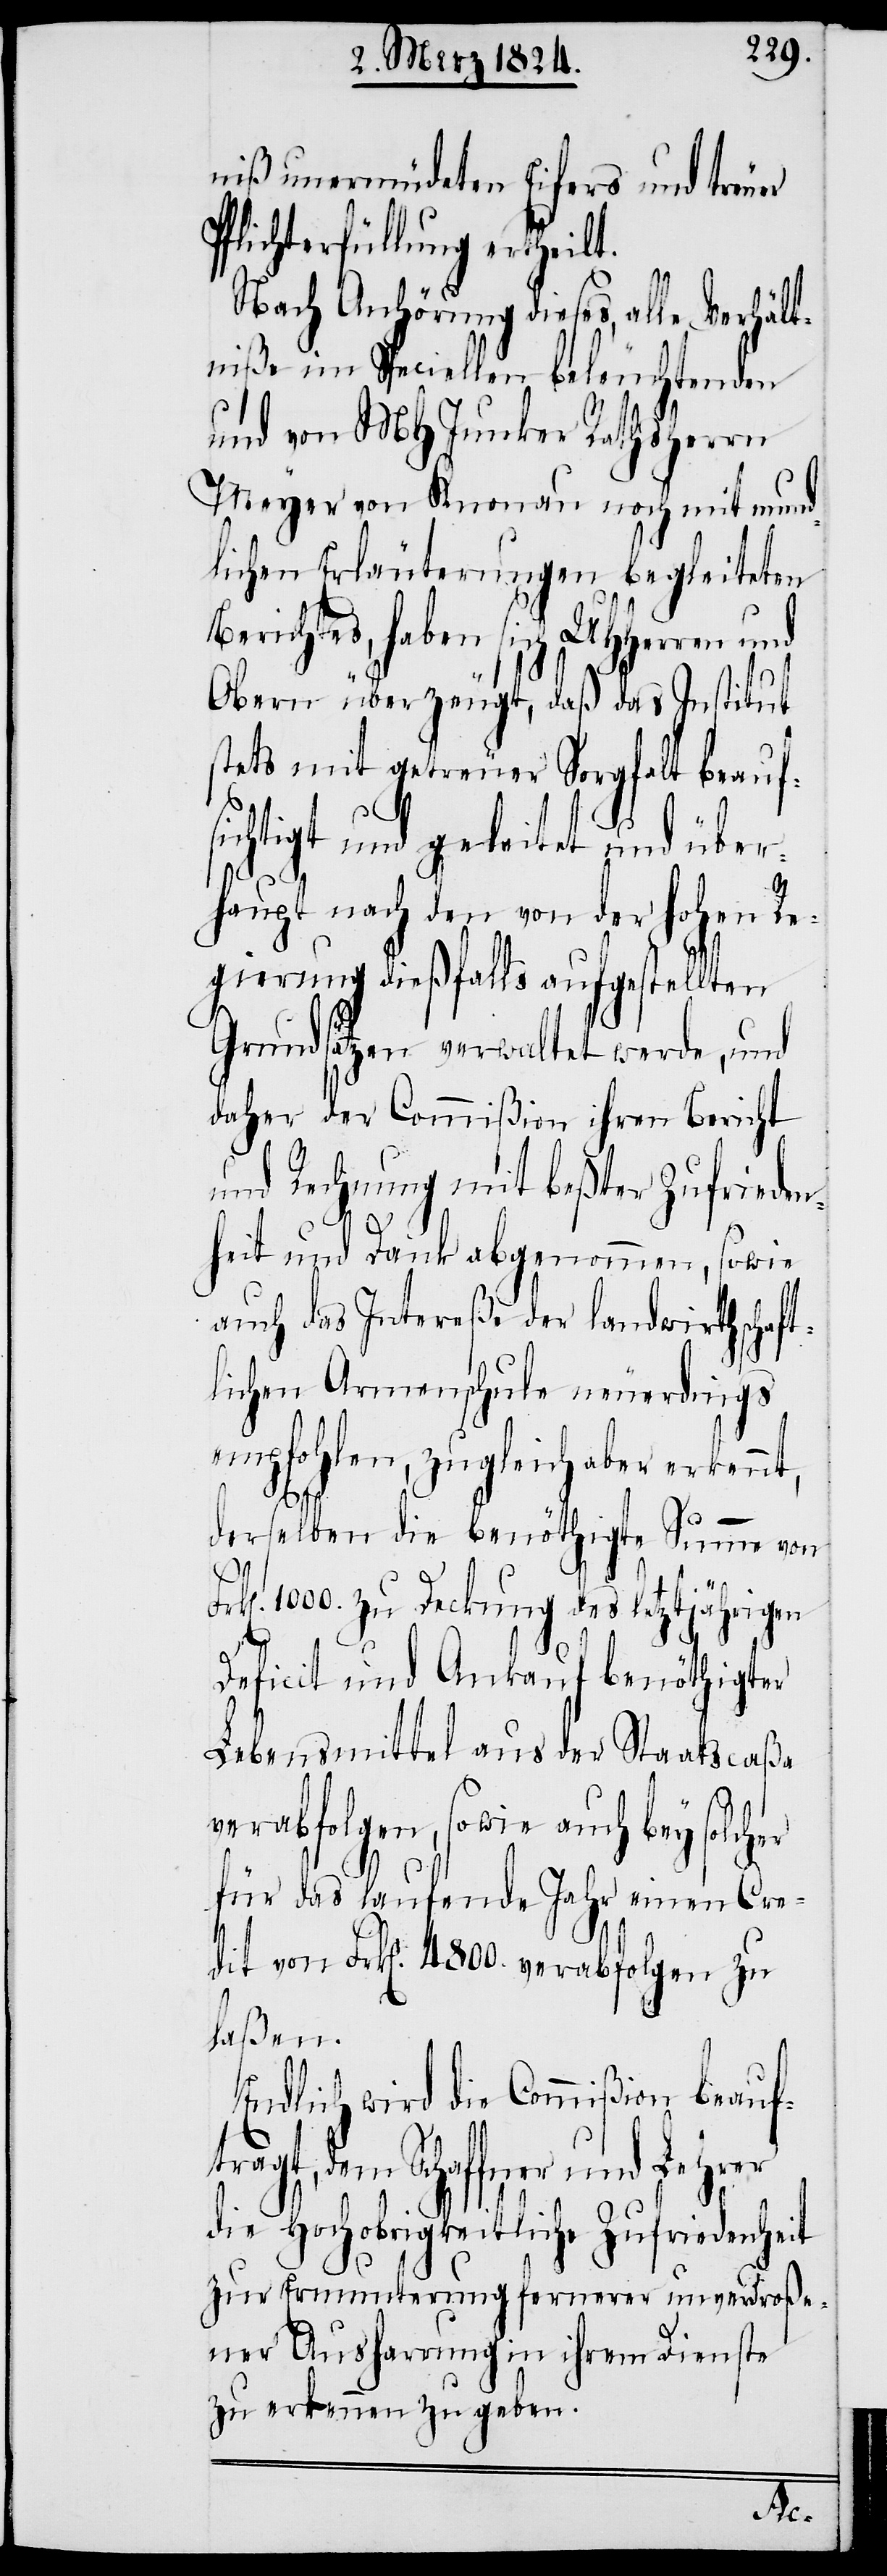
niß unermüdeten Eifers und treuer
Pflichterfüllung ertheilt.
Nach Anhörung dieses, alle Verhält¬
niße im Speciellen beleuchtenden
und von MHJunker Rathsherrn
Meyer von Knonau noch mit mund¬
lichen Erläuterungen begleiteten
erichtes, haben sich UHHerren
Obern überzeugt, daß das Institut
stets mit getreuer Sorgfalt beauf¬
sichtigt und geleitet und über¬
haupt nach den von der hohen Re¬
gierung dießfalls aufgestellten
Grundsätzen verwaltet werde, und
daher der Commißion ihren Bericht
und Rechnung mit beßter Zufrieden¬
heit und Dank abgenommen, sowie
auch das Intereße der landwirthschaft¬
lichen Armenschule neuerdings
empfohlen, zugleich aber erkennt,
derselben die benöthigte Summe von
B¬
1000. zu Deckung des letztjährigen
Deficit und Ankauf benöthigter
Lebensmittel aus der Staatscaßa
verabfolgen, sowie auch bey solcher
für das laufende Jahr einen Cre¬
dit von Frk[en]. 4800. verabfolgen zu
laßen.
Endlich wird die Commißion beauf¬
tragt, dem Schaffner und Lehrer
die Hochobrigkeitliche Zufriedenheit
zur Ermunterung fernerer unverdroße¬
ner Ausharrung in ihrem Dienste
zu erkennen zu geben.